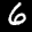
Label: 6